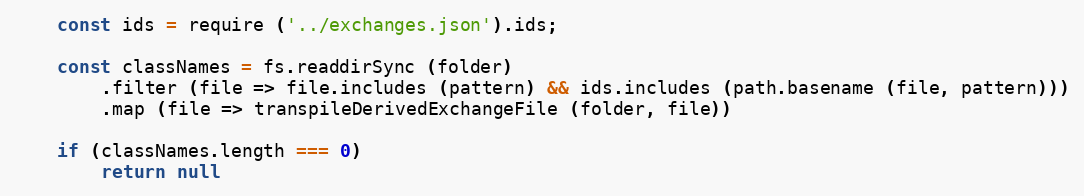
Language: JavaScript
    const ids = require ('../exchanges.json').ids;

    const classNames = fs.readdirSync (folder)
        .filter (file => file.includes (pattern) && ids.includes (path.basename (file, pattern)))
        .map (file => transpileDerivedExchangeFile (folder, file))

    if (classNames.length === 0)
        return null